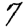
Digit: 7